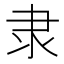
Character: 隶